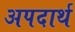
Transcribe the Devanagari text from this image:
अपदार्थ